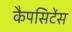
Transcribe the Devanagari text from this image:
कैपसिटेंस